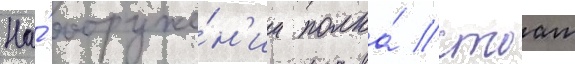
На́ вооруже́н'ии полка́ стоат